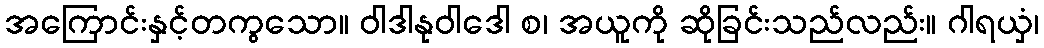
အကြောင်းနှင့်တကွသော။ ဝါဒါနုဝါဒေါ စ၊ အယူကို ဆိုခြင်းသည်လည်း။ ဂါရယှံ၊